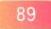
\(89\)